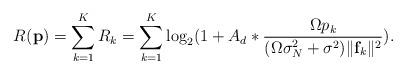
LaTeX: \begin{align*}R_{}(\mathbf{p})=\sum_{k=1}^{K}R_k=\sum_{k=1}^{K}\log_2(1+A_d*\frac{\Omega{}p_{k}}{(\Omega\sigma_N^2+\sigma_{}^2)\|\mathbf{f}_k\|^2}).\end{align*}